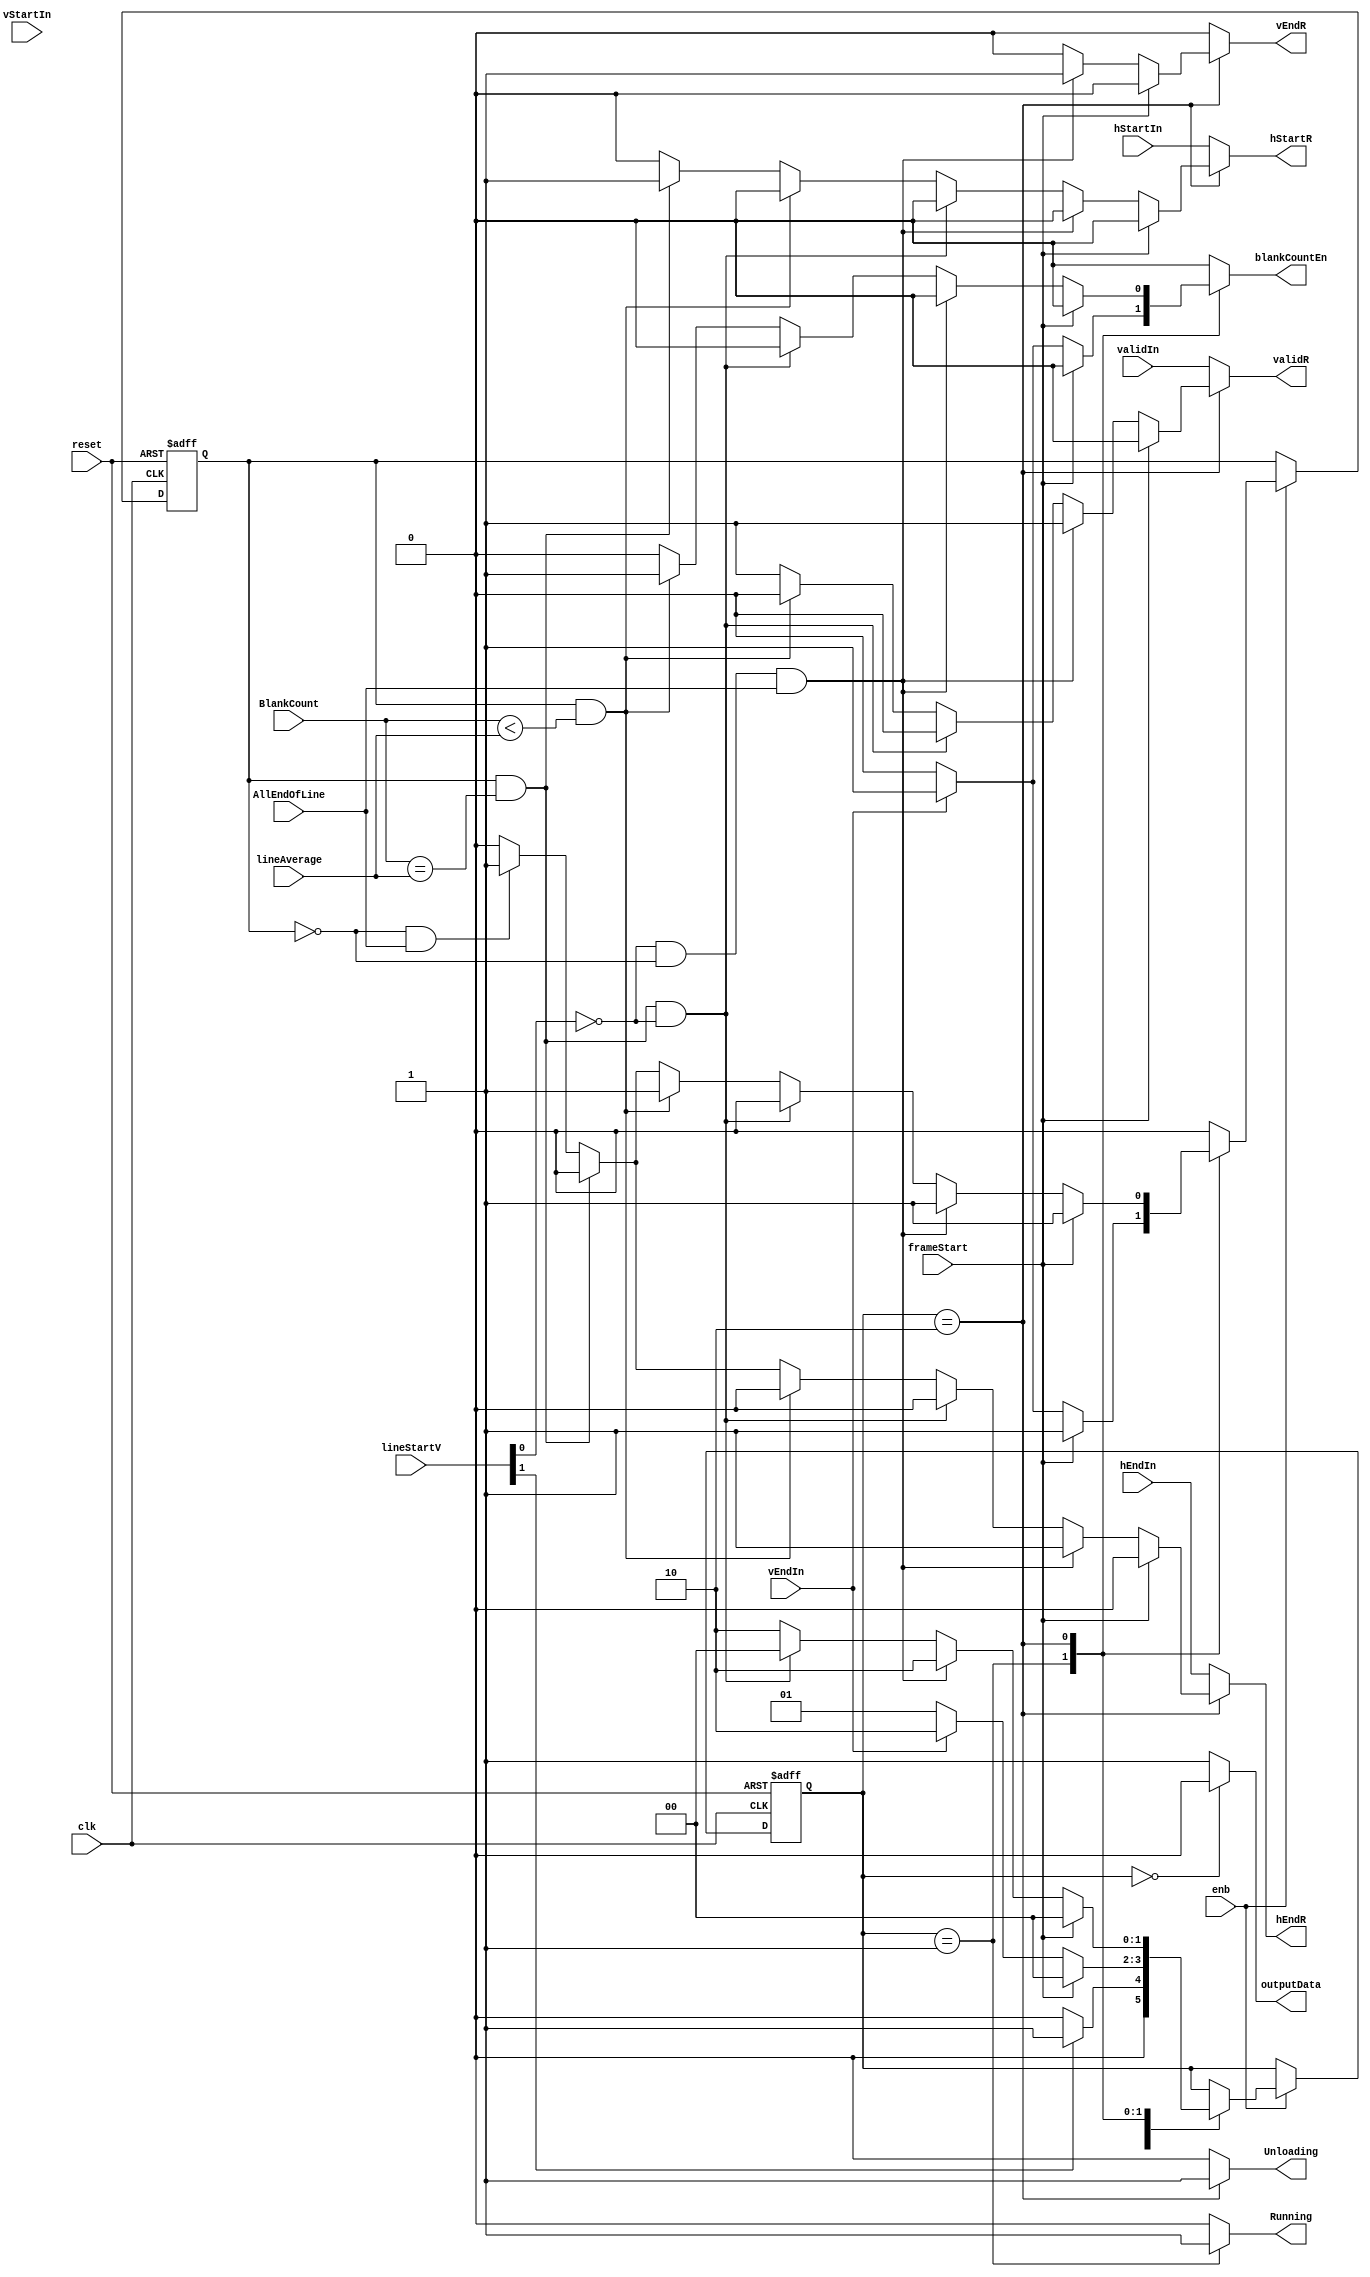
// -------------------------------------------------------------
// 
// 
// Generated by MATLAB 9.14 and HDL Coder 4.1
// 
// -------------------------------------------------------------


// -------------------------------------------------------------
// 
// Module: DataReadController
// Source Path: EdgeDetectionAndOverlayHDL/Pixel-Stream HDL Model/Edge Detection/Edge Detector/LineBuffer/DataReadController
// Hierarchy Level: 4
// 
// -------------------------------------------------------------

`timescale 1 ns / 1 ns

module DataReadController
          (clk,
           reset,
           enb,
           hStartIn,
           hEndIn,
           vStartIn,
           vEndIn,
           validIn,
           lineStartV,
           lineAverage,
           AllEndOfLine,
           BlankCount,
           frameStart,
           hStartR,
           hEndR,
           vEndR,
           validR,
           outputData,
           Unloading,
           blankCountEn,
           Running);


  input   clk;
  input   reset;
  input   enb;
  input   hStartIn;
  input   hEndIn;
  input   vStartIn;
  input   vEndIn;
  input   validIn;
  input   [1:0] lineStartV;  // ufix2
  input   [15:0] lineAverage;  // ufix16
  input   AllEndOfLine;
  input   [15:0] BlankCount;  // ufix16
  input   frameStart;
  output  hStartR;
  output  hEndR;
  output  vEndR;
  output  validR;
  output  outputData;
  output  Unloading;
  output  blankCountEn;
  output  Running;


  reg [1:0] DataReadController_FSMState;  // ufix2
  reg  DataReadController_InBetween;
  reg [1:0] DataReadController_FSMState_next;  // ufix2
  reg  DataReadController_InBetween_next;
  reg  hStartR_1;
  reg  hEndR_1;
  reg  vStartR;
  reg  vEndR_1;
  reg  validR_1;
  reg  outputData_1;
  reg  Unloading_1;
  reg  blankCountEn_1;
  reg  Running_1;


  // Data Read Controller
  always @(posedge clk or posedge reset)
    begin : DataReadController_1_process
      if (reset == 1'b1) begin
        DataReadController_FSMState <= 2'b00;
        DataReadController_InBetween <= 1'b0;
      end
      else begin
        if (enb) begin
          DataReadController_FSMState <= DataReadController_FSMState_next;
          DataReadController_InBetween <= DataReadController_InBetween_next;
        end
      end
    end

  always @(AllEndOfLine, BlankCount, DataReadController_FSMState,
       DataReadController_InBetween, frameStart, hEndIn, hStartIn, lineAverage,
       lineStartV, vEndIn, vStartIn, validIn) begin
    DataReadController_FSMState_next = DataReadController_FSMState;
    case ( DataReadController_FSMState)
      2'b00 :
        begin
          outputData_1 = 1'b0;
          hStartR_1 = hStartIn;
          hEndR_1 = hEndIn;
          vStartR = vStartIn;
          vEndR_1 = 1'b0;
          validR_1 = validIn;
          Unloading_1 = 1'b0;
          DataReadController_InBetween_next = 1'b0;
          blankCountEn_1 = 1'b0;
          Running_1 = 1'b0;
          if (lineStartV[1] != 1'b0) begin
            DataReadController_FSMState_next = 2'b01;
          end
          else begin
            DataReadController_FSMState_next = 2'b00;
          end
        end
      2'b01 :
        begin
          outputData_1 = 1'b1;
          Unloading_1 = 1'b0;
          Running_1 = 1'b1;
          hStartR_1 = hStartIn;
          hEndR_1 = hEndIn;
          vStartR = vStartIn;
          vEndR_1 = 1'b0;
          validR_1 = validIn;
          if (frameStart != 1'b0) begin
            DataReadController_FSMState_next = 2'b00;
            DataReadController_InBetween_next = 1'b1;
            blankCountEn_1 = 1'b0;
          end
          else if (vEndIn != 1'b0) begin
            DataReadController_FSMState_next = 2'b10;
            DataReadController_InBetween_next = 1'b1;
            blankCountEn_1 = 1'b1;
          end
          else begin
            DataReadController_FSMState_next = 2'b01;
            blankCountEn_1 = 1'b0;
            DataReadController_InBetween_next = 1'b0;
          end
        end
      2'b10 :
        begin
          outputData_1 = 1'b1;
          Unloading_1 = 1'b1;
          Running_1 = 1'b0;
          if (frameStart != 1'b0) begin
            DataReadController_FSMState_next = 2'b00;
            hStartR_1 = 1'b0;
            hEndR_1 = 1'b0;
            vStartR = 1'b0;
            vEndR_1 = 1'b0;
            validR_1 = 1'b0;
            blankCountEn_1 = 1'b0;
            DataReadController_InBetween_next = 1'b1;
          end
          else if ((( ~ lineStartV[0]) && ( ! DataReadController_InBetween)) && AllEndOfLine) begin
            DataReadController_FSMState_next = 2'b10;
            hStartR_1 = 1'b0;
            hEndR_1 = 1'b1;
            vStartR = 1'b0;
            vEndR_1 = 1'b1;
            validR_1 = 1'b1;
            blankCountEn_1 = 1'b0;
            DataReadController_InBetween_next = 1'b1;
          end
          else if ((DataReadController_InBetween && (BlankCount == lineAverage)) && ( ~ lineStartV[0])) begin
            DataReadController_FSMState_next = 2'b00;
            hStartR_1 = 1'b0;
            hEndR_1 = 1'b0;
            vStartR = 1'b0;
            vEndR_1 = 1'b0;
            validR_1 = 1'b0;
            blankCountEn_1 = 1'b0;
            DataReadController_InBetween_next = 1'b0;
          end
          else if (DataReadController_InBetween && (BlankCount < lineAverage)) begin
            DataReadController_FSMState_next = 2'b10;
            hStartR_1 = 1'b0;
            hEndR_1 = 1'b0;
            vStartR = 1'b0;
            vEndR_1 = 1'b0;
            validR_1 = 1'b0;
            blankCountEn_1 = 1'b1;
            DataReadController_InBetween_next = 1'b1;
          end
          else if (DataReadController_InBetween && (BlankCount == lineAverage)) begin
            DataReadController_FSMState_next = 2'b10;
            hStartR_1 = 1'b1;
            hEndR_1 = 1'b0;
            vStartR = 1'b0;
            vEndR_1 = 1'b0;
            validR_1 = 1'b1;
            blankCountEn_1 = 1'b0;
            DataReadController_InBetween_next = 1'b0;
          end
          else if (( ! DataReadController_InBetween) && AllEndOfLine) begin
            DataReadController_FSMState_next = 2'b10;
            hStartR_1 = 1'b0;
            hEndR_1 = 1'b1;
            vStartR = 1'b0;
            vEndR_1 = 1'b0;
            validR_1 = 1'b1;
            blankCountEn_1 = 1'b0;
            DataReadController_InBetween_next = 1'b1;
          end
          else if ( ! DataReadController_InBetween) begin
            DataReadController_FSMState_next = 2'b10;
            hStartR_1 = 1'b0;
            hEndR_1 = 1'b0;
            vStartR = 1'b0;
            vEndR_1 = 1'b0;
            validR_1 = 1'b1;
            blankCountEn_1 = 1'b0;
            DataReadController_InBetween_next = 1'b0;
          end
          else begin
            DataReadController_FSMState_next = 2'b10;
            hStartR_1 = 1'b0;
            hEndR_1 = 1'b0;
            vStartR = 1'b0;
            vEndR_1 = 1'b0;
            validR_1 = 1'b1;
            blankCountEn_1 = 1'b0;
            DataReadController_InBetween_next = 1'b0;
          end
        end
      default :
        begin
          hStartR_1 = hStartIn;
          hEndR_1 = hEndIn;
          vStartR = vStartIn;
          vEndR_1 = 1'b0;
          validR_1 = validIn;
          outputData_1 = 1'b1;
          Unloading_1 = 1'b0;
          blankCountEn_1 = 1'b0;
          DataReadController_InBetween_next = 1'b0;
          Running_1 = 1'b0;
        end
    endcase
  end



  assign hStartR = hStartR_1;

  assign hEndR = hEndR_1;

  assign vEndR = vEndR_1;

  assign validR = validR_1;

  assign outputData = outputData_1;

  assign Unloading = Unloading_1;

  assign blankCountEn = blankCountEn_1;

  assign Running = Running_1;

endmodule  // DataReadController